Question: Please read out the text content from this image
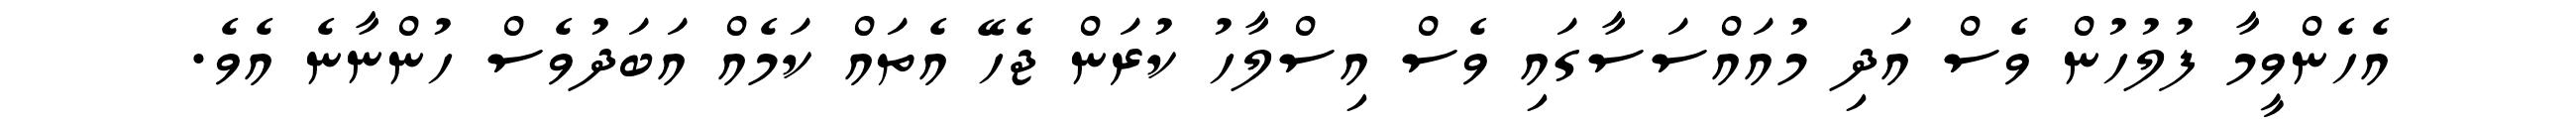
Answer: އެހެންވީމާ ފުލުހުން ވެސް އަދި މުއައްސަސާގައި ވެސް އިސްލާހު ކުރަން ޖެހޭ އެތައް ކަމެއް އަބަދުވެސް ހުންނާނެ އެވެ.